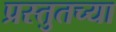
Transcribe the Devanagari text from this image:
प्रस्तुतच्या